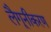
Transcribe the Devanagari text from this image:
लैगूनीकरण